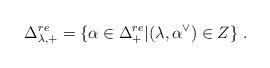
LaTeX: \begin{align*}\Delta^{re}_{\lambda,+} = \{ \alpha \in \Delta^{re}_+ | (\lambda,\alpha^\vee)\in Z \}\;.\end{align*}